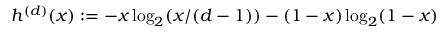
{ h ^ { ( d ) } ( x ) : = - x \log _ { 2 } ( x / ( d - 1 ) ) - ( 1 - x ) \log _ { 2 } ( 1 - x ) }